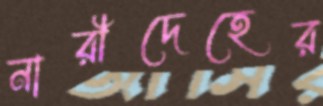
নারীদেহের